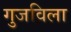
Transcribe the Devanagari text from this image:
गुजविला